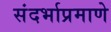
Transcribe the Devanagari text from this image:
संदर्भाप्रमाणे